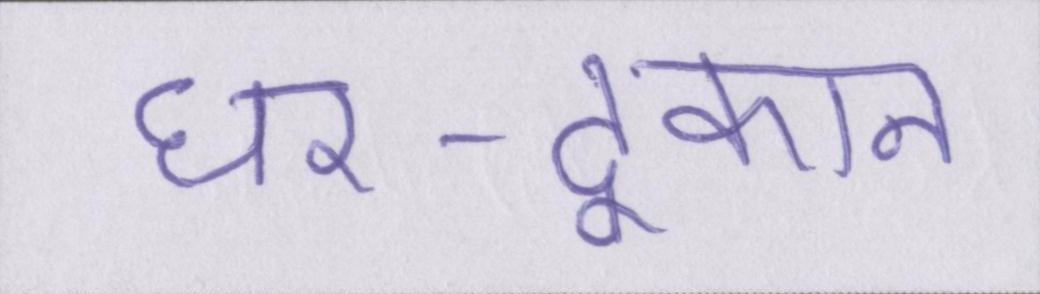
घर-दूकान